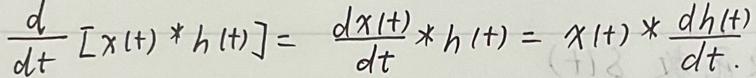
$\frac{d}{dt}[x(t)*h(t)]=\frac{dx(t)}{dt}*h(t)=x(t)*\frac{dh(t)}{dt}$